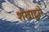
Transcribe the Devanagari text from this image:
शंखाद्वारे